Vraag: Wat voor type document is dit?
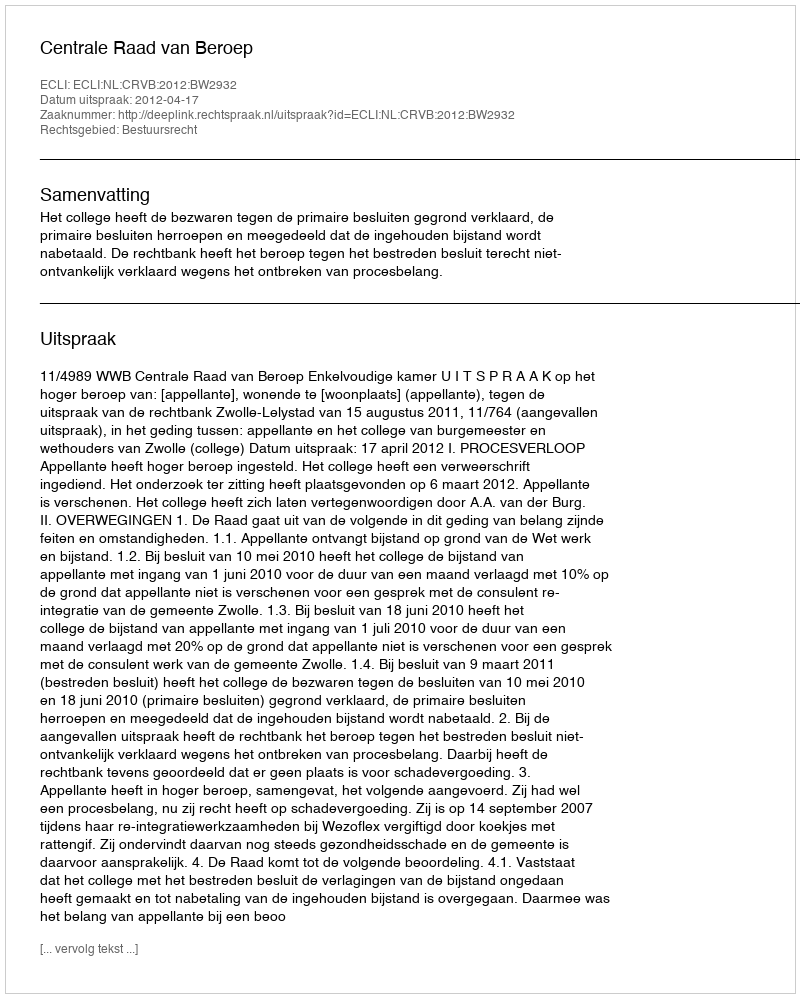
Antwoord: Uitspraak